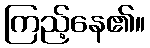
ကြည့်နေ၏။